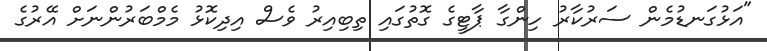
"އަޅުގަނޑުމެން ސަރުކާރު ހިންގާ ޕާޓީގެ ގޮތުގައި ތިބިއިރު ވެސް އިދިކޮޅު މެމްބަރުންނަށް އޭރުގެ